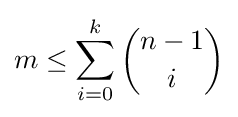
m\leq \sum _{i=0}^{k}{n-1 \choose i}